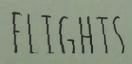
FLIGHTS